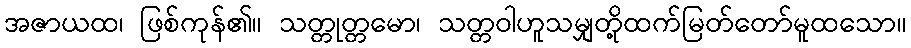
အဇာယထ၊ ဖြစ်ကုန်၏။ သတ္တုတ္တမော၊ သတ္တဝါဟူသမျှတို့ထက်မြတ်တော်မူထသော။